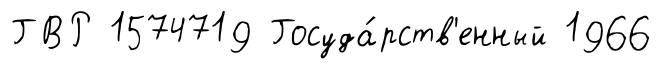
ГВР 1574719 Госуда́рств'енный 1966